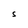
Character: S